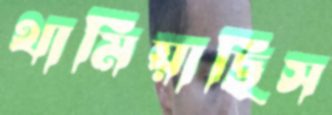
থামিয়াছিস